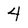
Character: 4